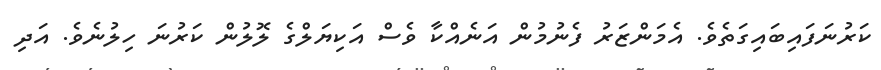
ކަރުނަފައިބައިގަތެވެ. އެމަންޒަރު ފެނުމުން އަނެއްކާ ވެސް އަކިޔަލްގެ ލޮލުން ކަރުނަ ހިލުނެވެ. އަދި